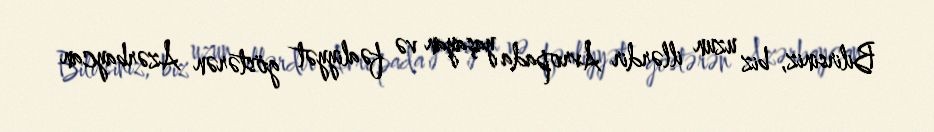
Bilirsiniz, biz uzun illərdir Avropada yaşayan və fəaliyyət göstərən Azərbaycan